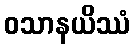
ဝသာနယိဿံ